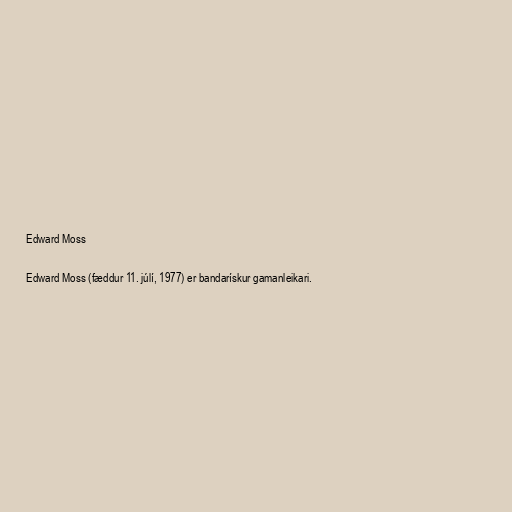
Edward Moss

Edward Moss (fæddur 11. júlí, 1977) er bandarískur gamanleikari.